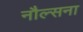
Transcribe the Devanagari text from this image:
नौल्सना